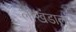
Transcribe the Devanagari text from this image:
लोखंडाला